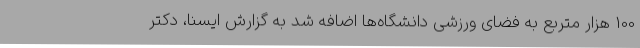
100 هزار متربع به فضای ورزشی دانشگاه‌ها اضافه شد به گزارش ایسنا، دکتر